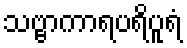
သဗ္ဗာကာရပရိပူရံ